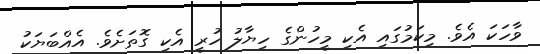
ވާހަކަ އެވެ. މިކަމުގައި އެކި މީހުންގެ ހިޔާލު ހުރީ އެކި ގޮތަށެވެ. އެއްބަޔަކު